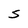
Character: S